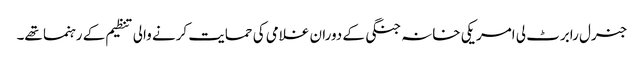
جنرل رابرٹ لی امریکی خانہ جنگی کے دوران غلامی کی حمایت کرنے والی تنظیم کے رہنما تھے۔